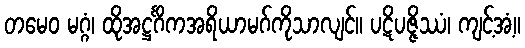
တမေဝ မဂ္ဂံ၊ ထိုအဋ္ဌင်္ဂိကအရိယာမဂ်ကိုသာလျင်။ ပဋိပဇ္ဇိဿံ၊ ကျင့်အံ့။